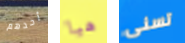
أحدهم هيا تسنى